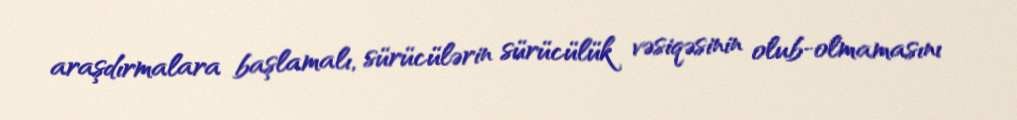
araşdırmalara başlamalı, sürücülərin sürücülük vəsiqəsinin olub-olmamasını